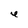
Character: e